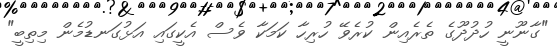
"ގާނޫނީ ހުދުދޫގެ ތެރެއިން ކުރެވޭ ހުރިހާ ކަމަކާ ވެސް އެކީގައި އަޅުގަނޑުމެން މިތިބީ"